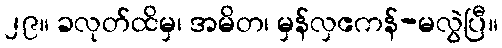
၂၉။ ခလုတ်ထိမှ၊ အမိတ၊ မှန်လှဧကန်-မလွဲပြီ။